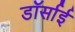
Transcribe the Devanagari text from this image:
डॉर्साई